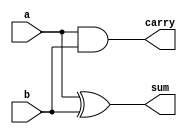
`timescale 1ns / 1ps
//////////////////////////////////////////////////////////////////////////////////
// Company: 
// Engineer: 
// 
// Design Name: 
// Module Name: half_adder
// Project Name: 
// Target Devices: 
// Tool Versions: 
// Description: 
// 
// Dependencies: 
// 
// Revision:
// Revision 0.01 - File Created
// Additional Comments:
// 
//////////////////////////////////////////////////////////////////////////////////


module half_adder(
    input a,b,
    output sum,carry
    );
    
    assign sum=a^b;
    assign carry=a&b;
endmodule